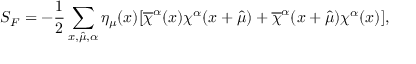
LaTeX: S _ { F } = - \frac { 1 } { 2 } \sum _ { x , \hat { \mu } , \alpha } \eta _ { \mu } ( x ) [ \overline { { { \chi } } } ^ { \alpha } ( x ) \chi ^ { \alpha } ( x + \hat { \mu } ) + \overline { { { \chi } } } ^ { \alpha } ( x + \hat { \mu } ) \chi ^ { \alpha } ( x ) ] ,